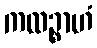
ကထဉ္စာဟံ